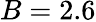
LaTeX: B=2.6